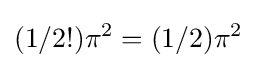
(1/2!)\pi ^{2}=(1/2)\pi ^{2}